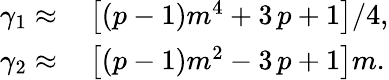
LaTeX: \begin{array}{rl}{\gamma_{1}\approx}&{{}\left[\left(p-1\right)m^{4}+3\, p+1\right]/4,}\\ {\gamma_{2}\approx}&{{}\left[\left(p-1\right)m^{2}-3\, p+1\right]m.}\end{array}